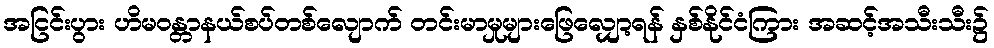
အငြင်းပွား ဟိမဝန္တာနယ်စပ်တစ်လျောက် တင်းမာမှုများဖြေလျှော့ရန် နှစ်နိုင်ငံကြား အဆင့်အသီးသီး၌